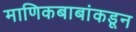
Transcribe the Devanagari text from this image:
माणिकबाबांकडून